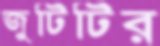
জুটিটির